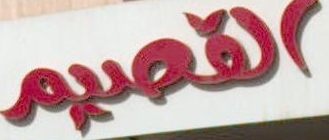
القصيم